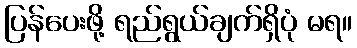
ပြန်ပေးဖို့ ရည်ရွယ်ချက်ရှိပုံ မရ။